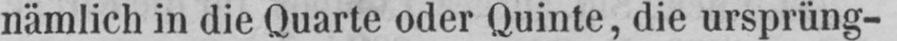
nämlich in die Quarte oder Quinte, die ursprüng-